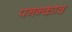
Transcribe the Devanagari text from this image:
पनन्काव